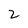
Character: 2